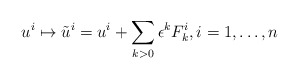
\begin{align*}u^i \mapsto \tilde{u}^i = u^i + \sum_{k>0} \epsilon^k F_k^i, i=1, \dots , n\end{align*}